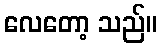
လေတော့ သည်။